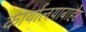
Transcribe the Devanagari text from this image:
कार्यालयाबाहेर